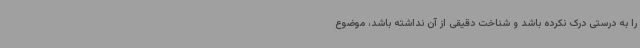
را به درستی درک نکرده باشد و شناخت دقیقی از آن نداشته باشد، موضوع